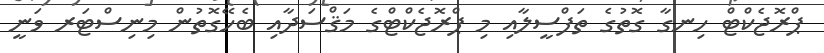
ޕްރޮޖެކްޓް ހިނގާ ގޮތުގެ ތަފްސީލާއި މި ޕްރޮޖެކްޓްގެ މަޤްސަދާއި ބެހޭގޮތުން މިނިސްޓަރ ވަނީ